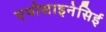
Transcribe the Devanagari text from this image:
एपोसाइनेसिई